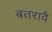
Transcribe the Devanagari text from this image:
बतरावै